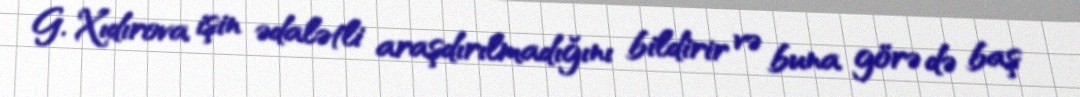
G. Xıdırova işin ədalətli araşdırılmadığını bildirir və buna görə də baş